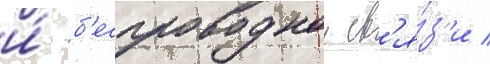
и́ б'еспроводнои св'я́з'и /